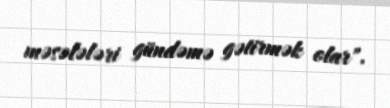
məsələləri gündəmə gətirmək olar".